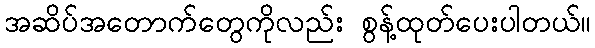
အဆိပ်အတောက်တွေကိုလည်း စွန့်ထုတ်ပေးပါတယ်။